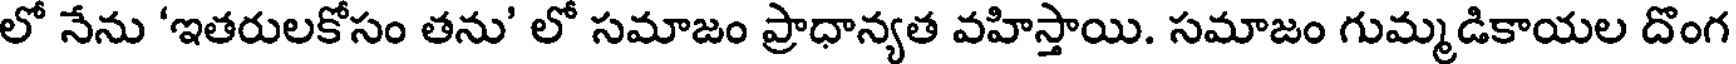
లో నేను 'ఇతరులకోసం తను' లో సమాజం ప్రాధాన్యత వహిస్తాయి. సమాజం గుమ్మడికాయల దొంగ